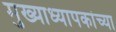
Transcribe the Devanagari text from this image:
मुख्याध्यापकांच्या